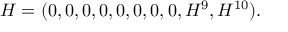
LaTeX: H = ( 0 , 0 , 0 , 0 , 0 , 0 , 0 , 0 , H ^ { 9 } , H ^ { 1 0 } ) .